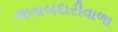
જવાબદારીવાળા